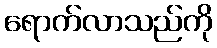
ရောက်လာသည်ကို